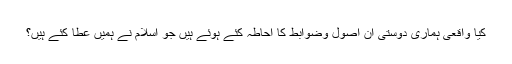
کیا واقعی ہماری دوستی ان اصول وضوابط کا احاطہ کئے ہوئے ہیں جو اسلام نے ہمیں عطا کئے ہیں؟